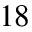
^ { 1 8 }